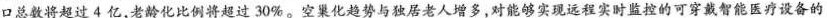
口总数将超过4亿，老龄化比例将超过30%。空巢化趋势与独居老人增多，对能够实现远程实时监控的可穿戴智能医疗设备的